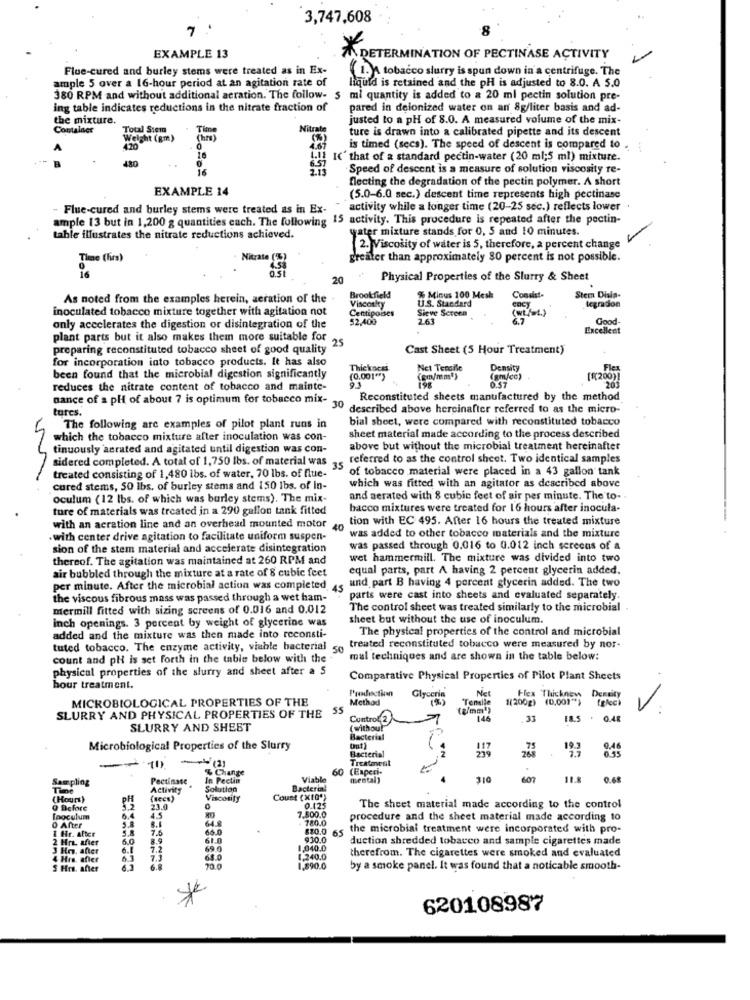
3,747,608
7
EXAMPLE 13
TA DETERMINATION OF PECTINASE ACTIVITY
Flue-cured and burley stems were treated as in Ex-
1.A tobacco slurry is spun down in a centrifuge. The
ample 5 over a 16-hour period at an agitation rate of
liquid is retained and the pH is adjusted to 8.0. A 5.0
380 RPM and without additional aeration. The follow- S ml quantity is added to a 20 ml pectin solution pre-
ing table indicates reductions in the nitrate fraction of
pared in deionized water on an 8g/liter basis and ad-
the mixture.
justed to a pH of 8.0. A measured volume of the mix-
Container
Total Stein
Time
Nitrate
ture is drawn into a calibrated pipette and its descent
Weight (gm)
(hrs)
420
. 0
is timed (secs). The speed of descent is compared to .
480
16
IC' that of a standard pectin-water (20 ml;5 ml) mixture.
16
Speed of descent is a measure of solution viscosity re-
flecting the degradation of the pectin polymer. A short
EXAMPLE 14
(5.0-6.0 sec.) descent time represents high pectinase
Flue-cured and burley stems were treated as in Ex-
activity while a longer time (20-25 sec.) reflects lower
ample 13 but in 1,200 g quantities each. The following 15 activity. This procedure is repeated after the pectin-
water mixture stands for 0, 5 and 10 minutes.
table illustrates the nitrate reductions achieved.
2. Viscosity of water is 5, therefore, a percent change
Time ( hrs )
Nitrate
greater than approximately 80 percent is not possible.
20
Physical Properties of the Slurry & Sheet
As noted from the examples herein, aeration of the
Brookfield
Viscosky
% Minus 100 Mesh
U.S. Standard
Stem Disia-
tegradon
inoculated tobacco mixture together with agitation not
Centipoises
Sieve Screen
(wt /w4.)
$2,400
2.63
Good-
only accelerates the digestion or disintegration of the
Excellent
plant parts but it also makes them more suitable for
preparing reconstituted tobacco sheet of good quality
Cast Sheet (5 Hour Treatment)
for incorporation into tobacco products. It has also
Thickness
Net Temaile
Density
Flex
been found that the microbial digestion significantly
(0.001"*>
(m/mm'y
(gm/cc)
OST
[{(200)]
201
reduces the nitrate content of tobacco and mainte-
dance of a pH of about 7 is optimum for tobacco mix-
Reconstituted sheets manufactured by the method
turcs.
30
" described above hereinafter referred to as the micro-
bial sheet, were compared with reconstituted tobacco
The following are examples of pilot plant runs in
which the tobacco mixture after inoculation was con-
sheet material made according to the process described
tinuously aerated and agitated until digestion was con-
above but without the microbial treatment hereinafter
sidered completed. A total of 1,750 lbs. of material was referred to as the control sheet. Two identical samples
of tobacco material were placed in a 43 gallon tank
treated consisting of 1,480 lbs. of water, 70 lbs. of flue-
cured stems, 50 lbs, of burley stems and 150 lbs. of in-
which was fitted with an agitator as described above
oculum (12 lbs. of which was burley stems). The mix-
and aerated with 8 cubic feet of air per minute. The to-
ture of materials was treated in a 290 gallon tank fitted
bacco mixtures were treated for 16 hours after inocula-
tion with EC 495. After 16 hours the treated mixture
with an acration line and an overhead mounted motor
40
.with center drive agitation to facilitate uniform suspen-
was added to other tobacco materials and the mixture
sion of the stem material and accelerate disintegration
was passed through 0.016 to 0.012 inch screens of a
thereof. The agitation was maintained at 260 RPM and
wet hammermill. The mixture was divided into two
air bubbled through the mixture at a rate of 8 cubic feet
equal parts, part A having 2 percent glycerin added.
per minute. After the microbial action was completed 45 und part B having 4 percent glycerin added. The two
the viscous fibrous mass was passed through a wet ham-
parts were cast into sheets and evaluated separately.
mermill fitted with sizing screens of 0.016 and 0.012
The control sheet was treated similarly to the microbial .
inch openings. 3 percent by weight of glycerine was
sheet but without the use of inoculum.
The physical properties of the control and microbial
added and the mixture was then made into reconsti-
tuted tobacco. The enzyme activity, viable bacterial 5
treated reconstituted tobacco were measured by nor-
count and pH is set forth in the table below with the
mal techniques and are shown in the table below:
physical properties of the slurry and sheet after a 5
Comparative Physical Properties of Pilot Plant Sheets
bour treatment.
Production
Net
Flex Thicknew Density
MICROBIOLOGICAL PROPERTIES OF THE
Method
Glycerin
Tensile
1(200g)
1(200g) (0,001")
[glec)
55
(a/mm')
..
SLURRY AND PHYSICAL PROPERTIES OF THE
Control 2
:146
33
18.5 . 0.48
SLURRY AND SHEET
( withou!"
Bacterial
Microbiological Properties of the Slurry
Bacterial
193
0.46
--
-(3)
Treatment
(1)
% Change
60
(Experi-
Sampling
Pectinase
In Pectin
Viable
mental)
310
607
11.8
0.69
Time
Activity
Solution
Bacterial
(Hours)
Viscosity
Count ( xtQ")
Q Before
3.2
23.0
7.800.0
0.125
The sheet material made according to the control
Inoculum
6.4
AS
64.8
780.0
procedure and the sheet material made according to
O After
1 Hr. After
7.6
66.0
$$0.0
65
the microbial treatment were incorporated with pro-
2 HrL afier
5.0
61.0
930.0
duction shredded tobacco and sample cigarettes made
3 Hr. after
7.2
69.0
1.040.0
4 Hrs. after
68.0
1.240.0
therefrom. The cigarettes were smoked and evaluated
5 Hrs. after
20.0
1,890.0
by a smoke panel. It was found that a noticable smooth-
620108987